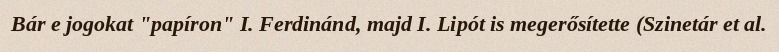
Bár e jogokat "papíron" I. Ferdinánd, majd I. Lipót is megerősítette (Szinetár et al.